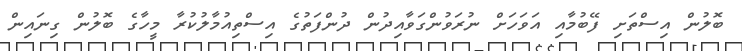
ބޮލުން އިސްތަށި ފޭބުމާއި އަވަހަށް ނުރަވުންގަވާއިދުން ދުންފަތުގެ އިސްތިއުމާލުކުރާ މީހާގެ ބޮލުން ގިނައިން